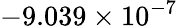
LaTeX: -9.039\times 10^{-7}